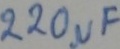
Text: 220µF